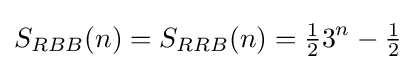
S_{RBB}(n)=S_{RRB}(n)={\tfrac {1}{2}}3^{n}-{\tfrac {1}{2}}